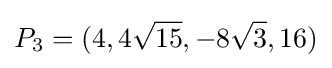
P_{3}=(4,4{\sqrt {15}},-8{\sqrt {3}},16)